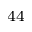
^ { 4 4 }